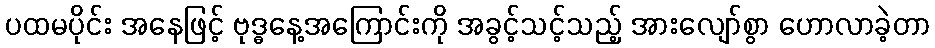
ပထမပိုင်း အနေဖြင့် ဗုဒ္ဓနေ့အကြောင်းကို အခွင့်သင့်သည့် အားလျော်စွာ ဟောလာခဲ့တာ